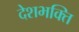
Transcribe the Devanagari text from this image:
देशभक्‍ित